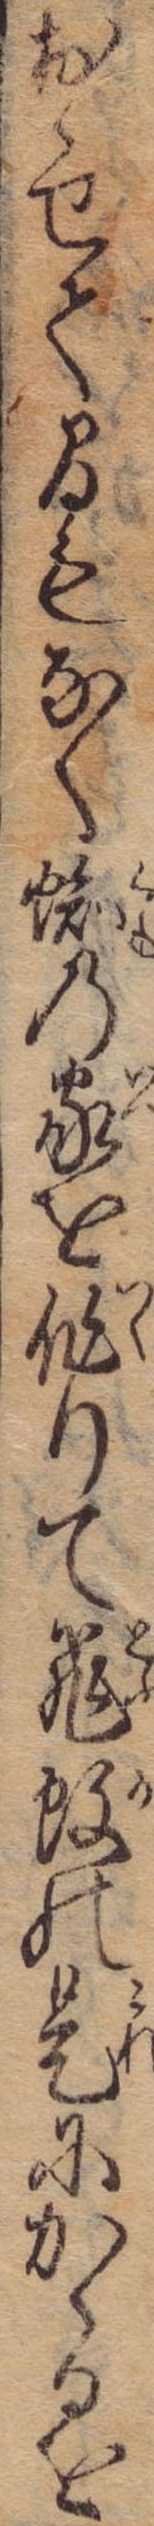
おゝせて間もなく蜘の家を作りて飛蚊の是にかゝるを